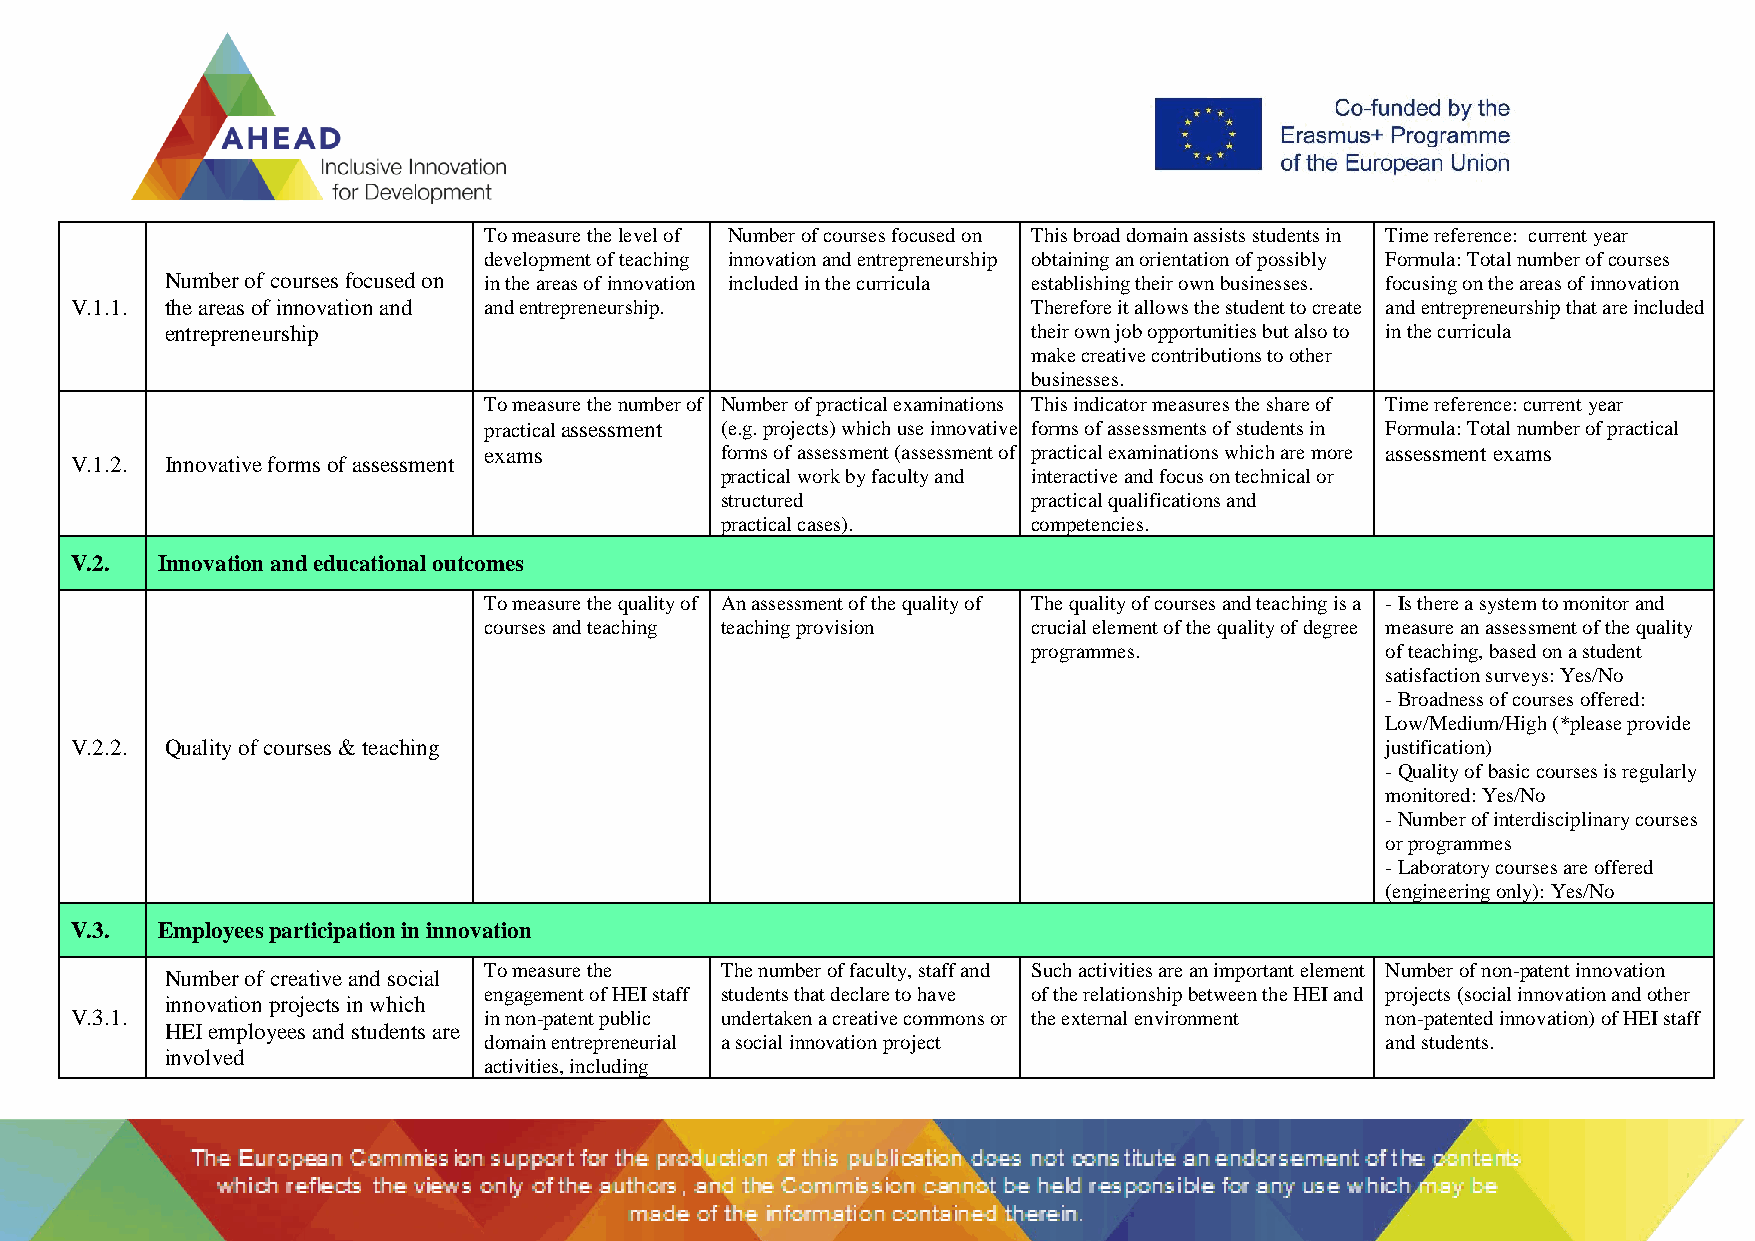
To measure the level of Number of courses focused on This broad domain assists students in Time reference: current year
 development of teaching innovation and entrepreneurship obtaining an orientation of possibly Formula: Total number of courses
 Number of courses focused on in the areas of innovation included in the curricula establishing their own businesses. focusing on the areas of innovation
 V.1.1. the areas of innovation and and entrepreneurship.       Therefore it allows the student to create and entrepreneurship that are included
 entrepreneurship                                         their own job opportunities but also to in the curricula
 make creative contributions to other
 businesses.
 To measure the number of Number of practical examinations This indicator measures the share of Time reference: current year
 practical assessment (e.g. projects) which use innovative forms of assessments of students in Formula: Total number of practical
 exams           forms of assessment (assessment of practical examinations which are more assessment exams
 V.1.2. Innovative forms of assessment
 practical work by faculty and interactive and focus on technical or
 structured          practical qualifications and
 practical cases).   competencies.
 V.2. Innovation and educational outcomes
 To measure the quality of An assessment of the quality of The quality of courses and teaching is a - Is there a system to monitor and
 courses and teaching teaching provision crucial element of the quality of degree measure an assessment of the quality
 programmes.             of teaching, based on a student
 satisfaction surveys: Yes/No
 - Broadness of courses offered:
 Low/Medium/High (*please provide
 V.2.2. Quality of courses & teaching                                                   justification)
 - Quality of basic courses is regularly
 monitored: Yes/No
 - Number of interdisciplinary courses
 or programmes
 - Laboratory courses are offered
 (engineering only): Yes/No
 V.3. Employees participation in innovation
 To measure the  The number of faculty, staff and Such activities are an important element Number of non-patent innovation
 Number of creative and social
 engagement of HEI staff students that declare to have of the relationship between the HEI and projects (social innovation and other
 innovation projects in which
 V.3.1.                     in non-patent public undertaken a creative commons or the external environment non-patented innovation) of HEI staff
 HEI employees and students are
 domain entrepreneurial a social innovation project          and students.
 involved
 activities, including